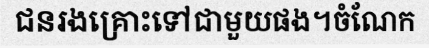
ជនរងគ្រោះទៅជាមួយផង។ចំណែក